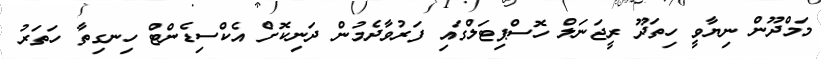
މަމްދޫން ނިޔާވީ ހިތަދޫ ރީޖަނަލް ހޮސްޕިޓަލްގައި ފަރުވާދެމުން ދަނިކޮށް އެކްސިޑެންޓް ހިނގިތާ ހަތަރު